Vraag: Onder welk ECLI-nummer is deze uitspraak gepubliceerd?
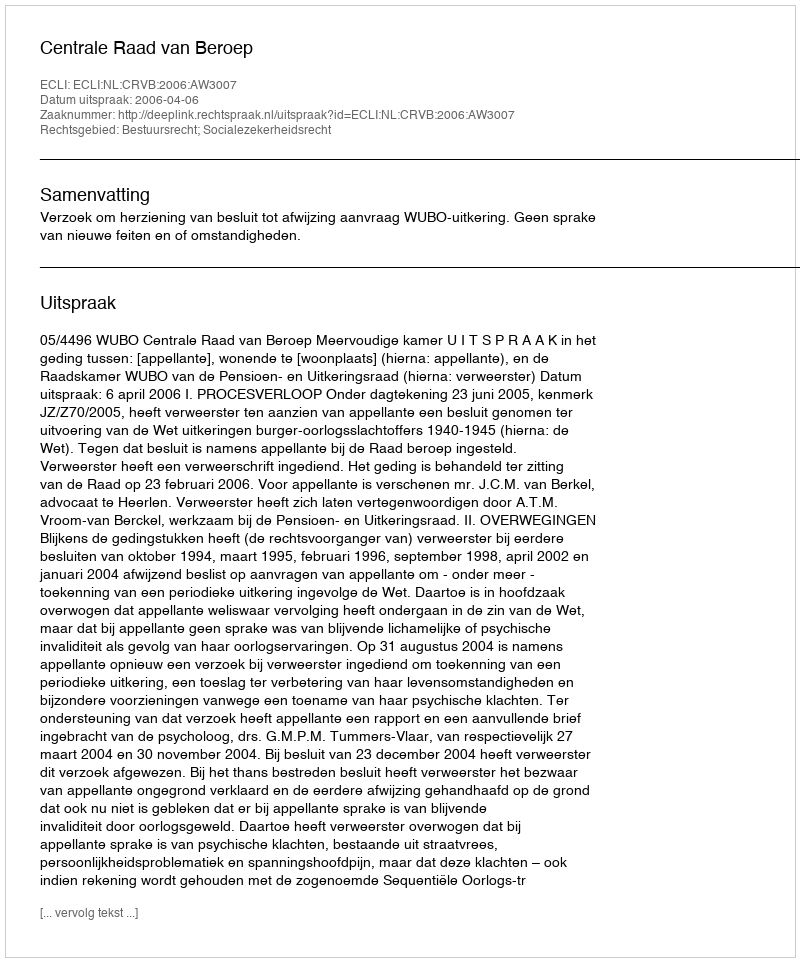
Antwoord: ECLI:NL:CRVB:2006:AW3007